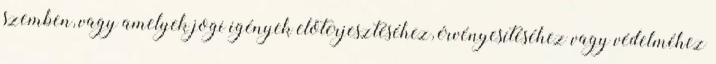
szemben, vagy amelyek jogi igények előterjesztéséhez, érvényesítéséhez vagy védelméhez